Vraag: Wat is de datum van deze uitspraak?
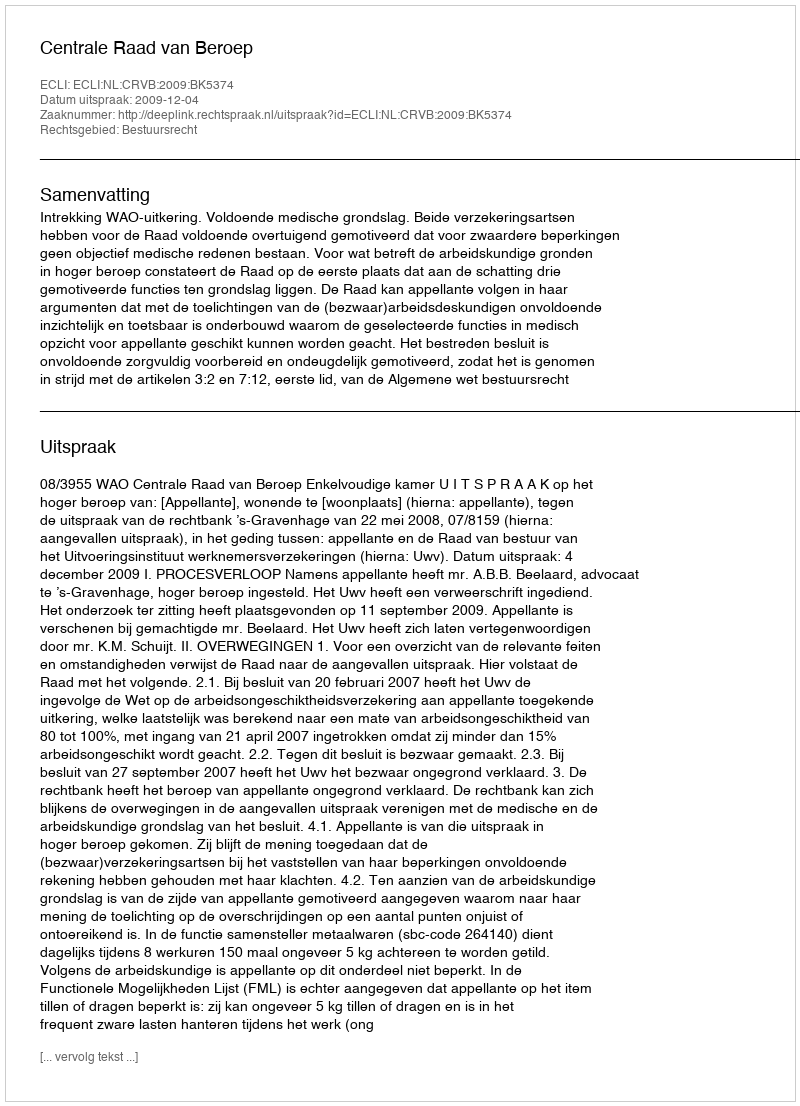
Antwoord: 2009-12-04